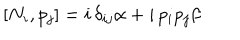
[ N _ { i } , p _ { j } ] = i \, \delta _ { i j } \alpha + i \, p _ { i } p _ { j } \beta